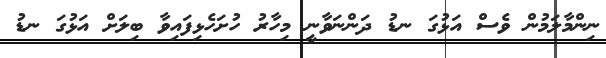
ނިންމާލަމުން ވެސް އަޅުގަ ނޑު ދަންނަވާނީ މިހާރު ހުށަހެޅިފައިވާ ބިލަށް އަޅުގަ ނޑު